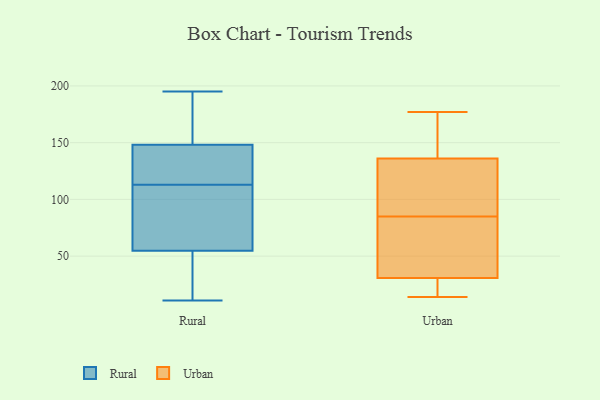
{"axis": {"x": "Population (Million)", "y": "Value"}, "legend": ["Rural", "Urban"], "data": [{"x": "", "y": 88, "type": "Rural"}, {"x": "", "y": 115, "type": "Rural"}, {"x": "", "y": 187, "type": "Rural"}, {"x": "", "y": 11, "type": "Rural"}, {"x": "", "y": 20, "type": "Rural"}, {"x": "", "y": 113, "type": "Rural"}, {"x": "", "y": 44, "type": "Rural"}, {"x": "", "y": 195, "type": "Rural"}, {"x": "", "y": 135, "type": "Rural"}, {"x": "", "y": 179, "type": "Rural"}, {"x": "", "y": 109, "type": "Rural"}, {"x": "", "y": 25, "type": "Rural"}, {"x": "", "y": 159, "type": "Rural"}, {"x": "", "y": 87, "type": "Rural"}, {"x": "", "y": 39, "type": "Rural"}, {"x": "", "y": 149, "type": "Rural"}, {"x": "", "y": 146, "type": "Rural"}, {"x": "", "y": 144, "type": "Rural"}, {"x": "", "y": 107, "type": "Rural"}, {"x": "", "y": 33, "type": "Urban"}, {"x": "", "y": 14, "type": "Urban"}, {"x": "", "y": 157, "type": "Urban"}, {"x": "", "y": 64, "type": "Urban"}, {"x": "", "y": 14, "type": "Urban"}, {"x": "", "y": 30, "type": "Urban"}, {"x": "", "y": 100, "type": "Urban"}, {"x": "", "y": 43, "type": "Urban"}, {"x": "", "y": 42, "type": "Urban"}, {"x": "", "y": 23, "type": "Urban"}, {"x": "", "y": 144, "type": "Urban"}, {"x": "", "y": 97, "type": "Urban"}, {"x": "", "y": 85, "type": "Urban"}, {"x": "", "y": 112, "type": "Urban"}, {"x": "", "y": 111, "type": "Urban"}, {"x": "", "y": 168, "type": "Urban"}, {"x": "", "y": 177, "type": "Urban"}, {"x": "", "y": 17, "type": "Urban"}, {"x": "", "y": 151, "type": "Urban"}]}